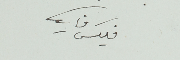
فليكس فارس